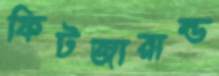
ফিটজারাল্ড